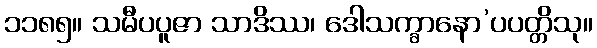
၁၁၈၅။ သမီပပူဇာ သာဒိဿ၊ ဒေါသက္ခာနော’ပပတ္တိသု။